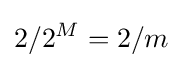
2/2^{M}=2/m